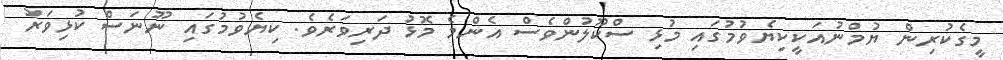
މީގެކުރިން ޔުމްނުއަކީކިޔެވުމުގައި މުޅި ސްކޫލުންވެސް އެންމެ މޮޅު ދަރިވަރެވެ. ކިޔެވުމުގައި ނޫނަސް ކުޅިވަރު